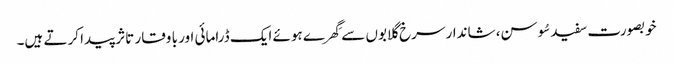
خوبصورت سفید سُوسن، شاندار سرخ گلابوں سے گِھرے ہوئے ایک ڈرامائی اور با وقار تاثر پیدا کرتے ہیں۔